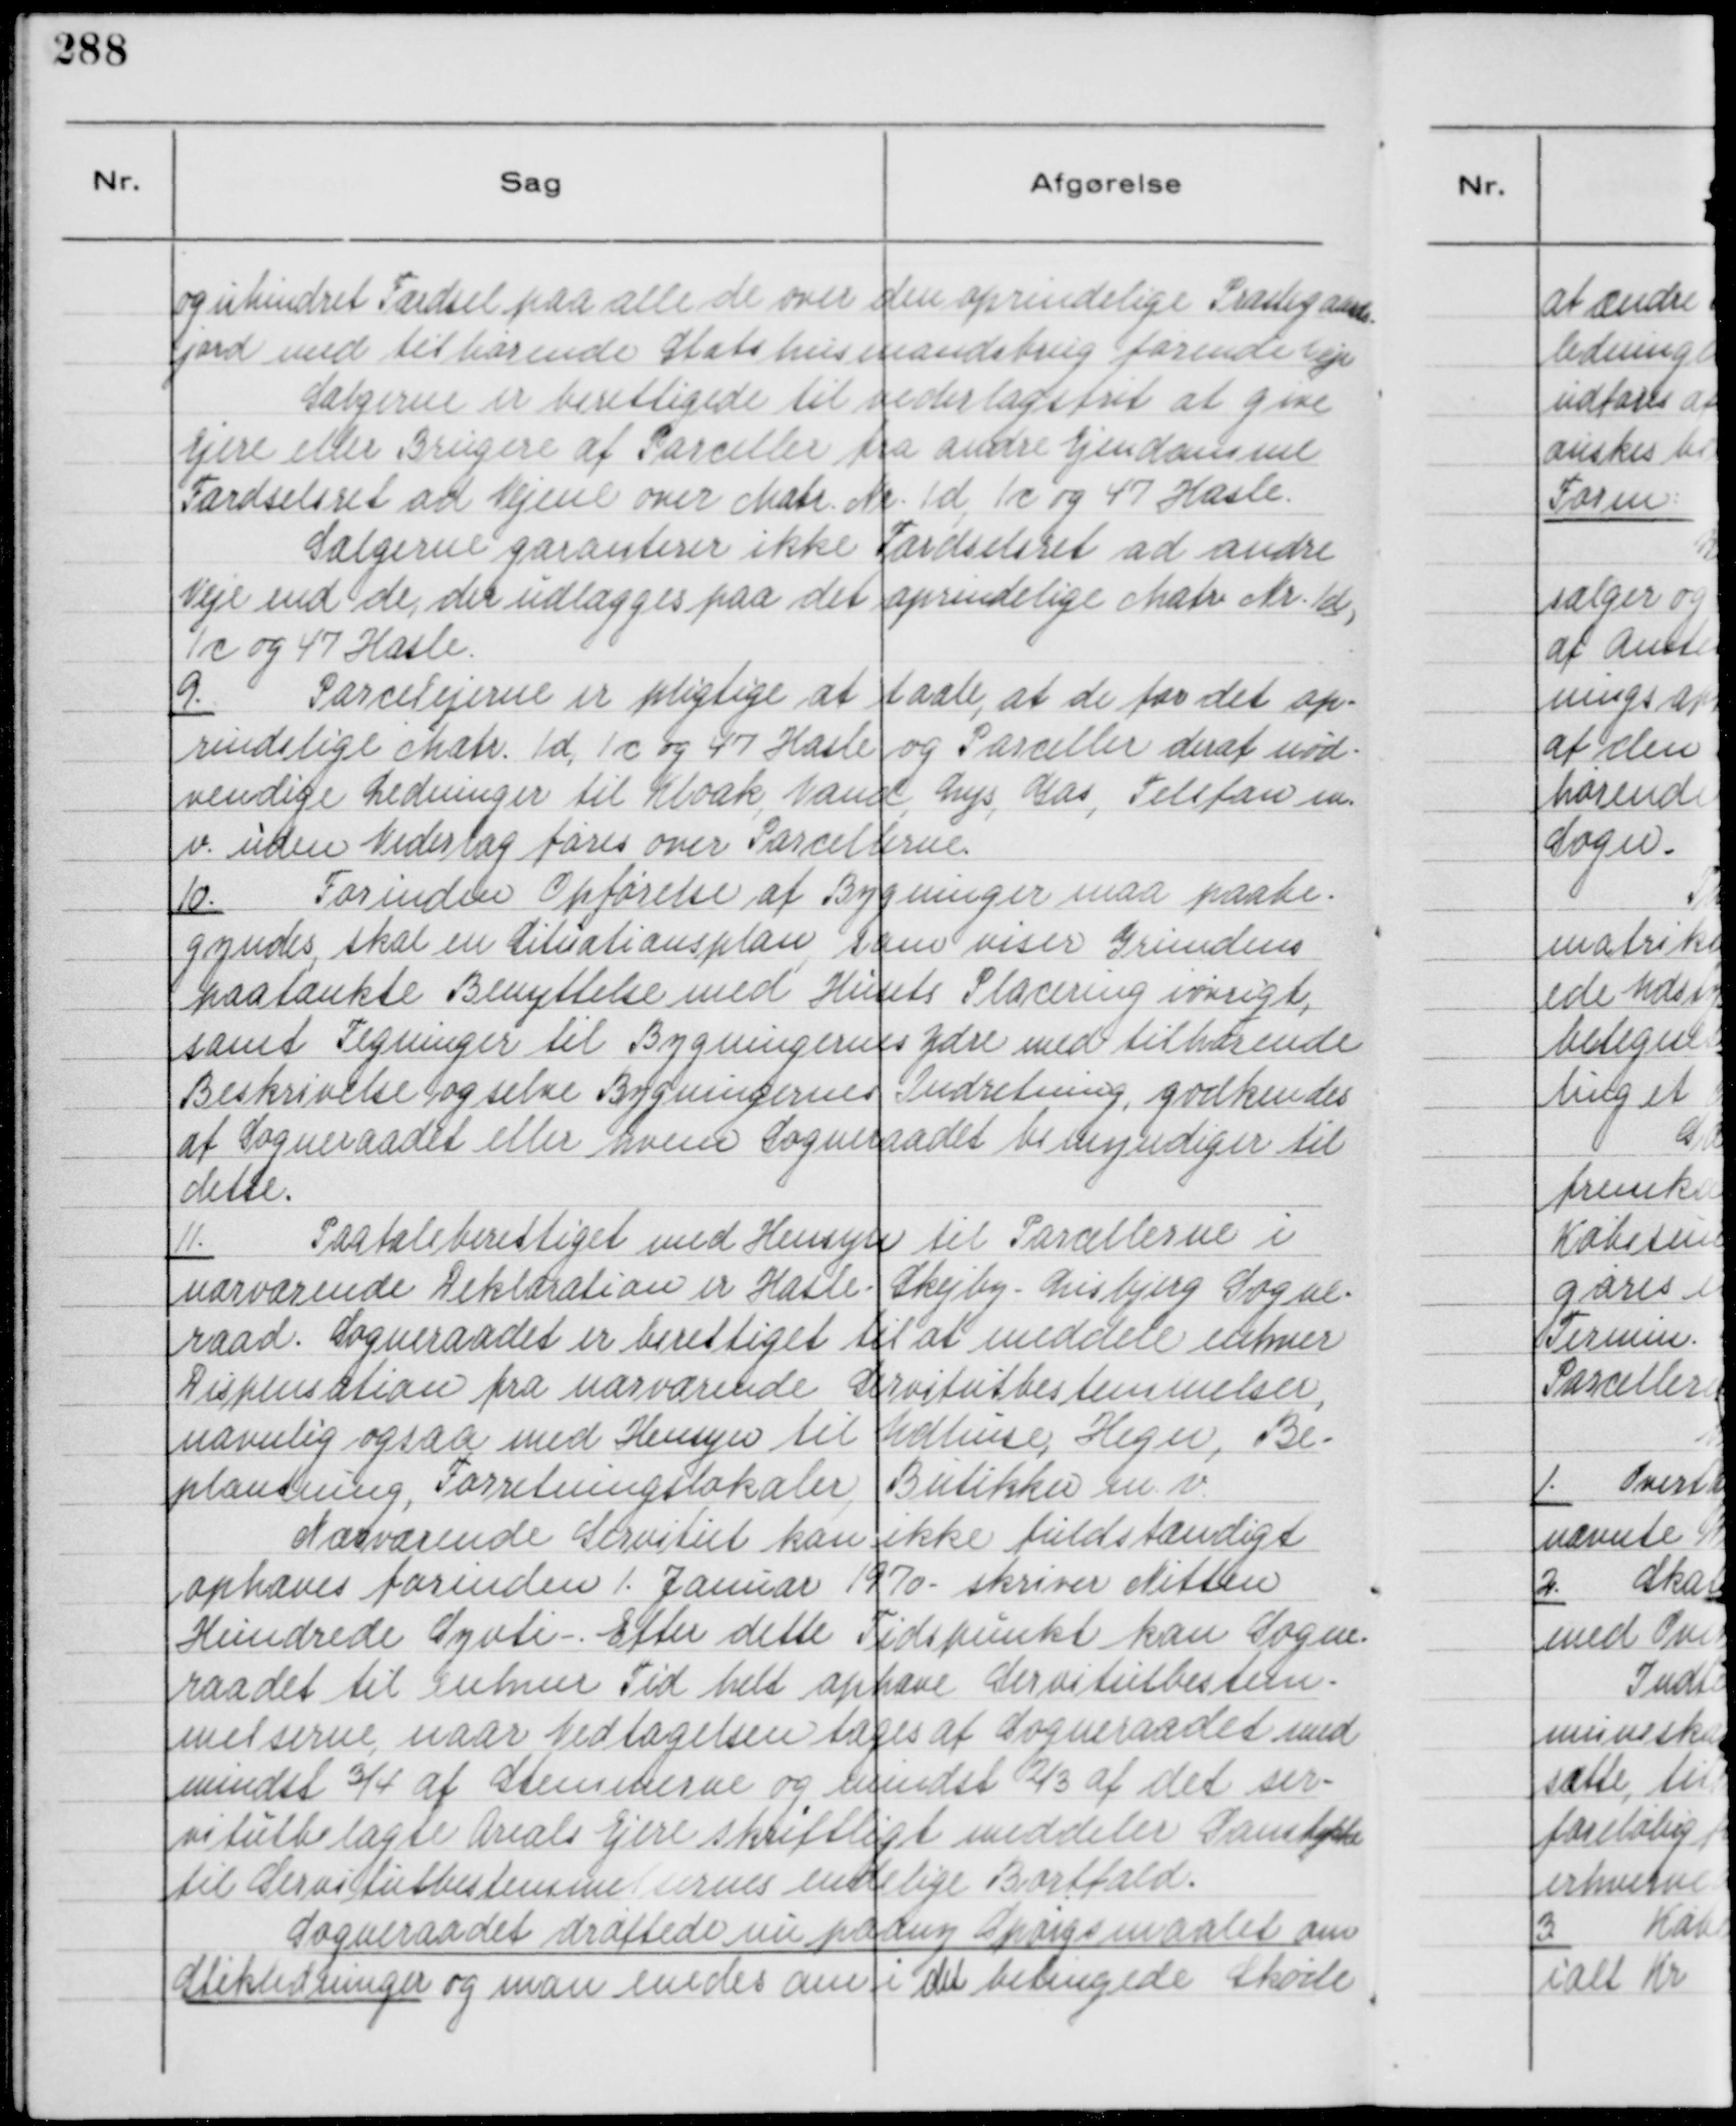
Transskription:
og uhindret Færdsel paa alle de over den oprindelige Præstegaards-
jord med tilhørende Statshusmandsbrug førende Veje
Sælgerne er berettigede til vederlagsfrit at give
Ejere eller Brugere af Parceller fra andre Ejendomme
Færselsret ad Vejene over Matr. Nr. 1 d, 1 c, og 47 Hasle.
Sælgerne garanterer ikke Færdselsret ad andre
Veje end de, der udlægges paa det oprindelige Matr Nr. 1 d,
1 c og 47 Hasle.

9.
Parcelejerne er pligtige at taale, at de for det op-
rindelige Matr. 1 d, 1 c og 47 Hasle og Parceller deraf nød-
vendige Ledninger til Kloak Vand, Lys, Gas, Telefon m.
v. uden Vederlag føres over Parcellerne.

10.
Forinden Opførelse af Bygninger maa paabe-
gyndes, skal en Situationsplan som viser Grundens
paatænkte Benyttelse med Husets Placering iøvrigt,
samt Tegninger til Bygningernes Ydre med tilhørende
Beskrivelse, og selve Bygningernes Indretning, godkendes
af Sogneraadet eller hvem Sogneraadet bemyndiger til
dette.

11.
Paataleberettiget med Hensyn til Parcellerne i
nærværende Deklaration er Hasle - Skejby - Lisbjerg Sogne-
raad. Sogneraadet er berettiget til at meddele enhver
Dispensation fra nærværende Servitutbestemmelser,
navnlig ogaa med Hensyn til Udhuse, Hegn, Be
plantning, Forretningslokaler, Butikker m. v.
Nærværende Servitut kan ikke fuldstændigt
ophæves forinden 1. Januar 1970 - skriver Nitten 
Hundrede Syvti -. Efter dette Tidspunkt kan Sogne-
raadet til enhver Tid helt ophæve Servitetbestem-
melserne, naar Vedtagelsen tages af Sogneraadet med
mindst ¾ af Stemmerne og mindst ⅔ af det ser-
vitutbelagte Areals Ejere skriftligt meddeler Samtykke
til Servitutbestemmeldernes endelige Bortfald.
Sogneraadet drøftede nu paany Spørgsmaalet om
Stikledninger og man enedes om i det betingede Skøde